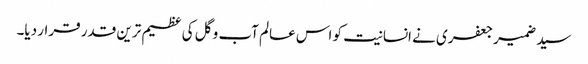
سید ضمیر جعفری نے انسانیت کو اس عالم آب و گل کی عظیم ترین قدر قرار دیا۔